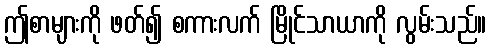
ဤစာများကို ဖတ်၍ စကားလက် မြိုင်သာယာကို လွမ်းသည်။